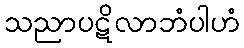
သညာပဋိလာဘံပါဟံ